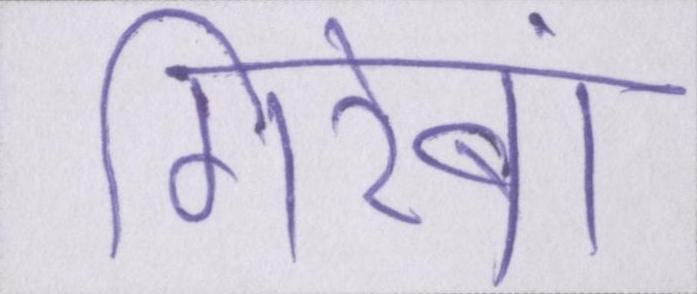
गिरेबां